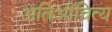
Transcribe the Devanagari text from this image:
अतिऔचित्य